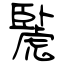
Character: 䖙